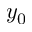
y _ { 0 }